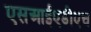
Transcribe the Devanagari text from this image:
एसआईएडीएच